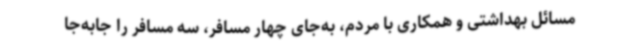
مسائل بهداشتی و همکاری با مردم، به‌جای چهار مسافر، سه مسافر را جابه‌جا